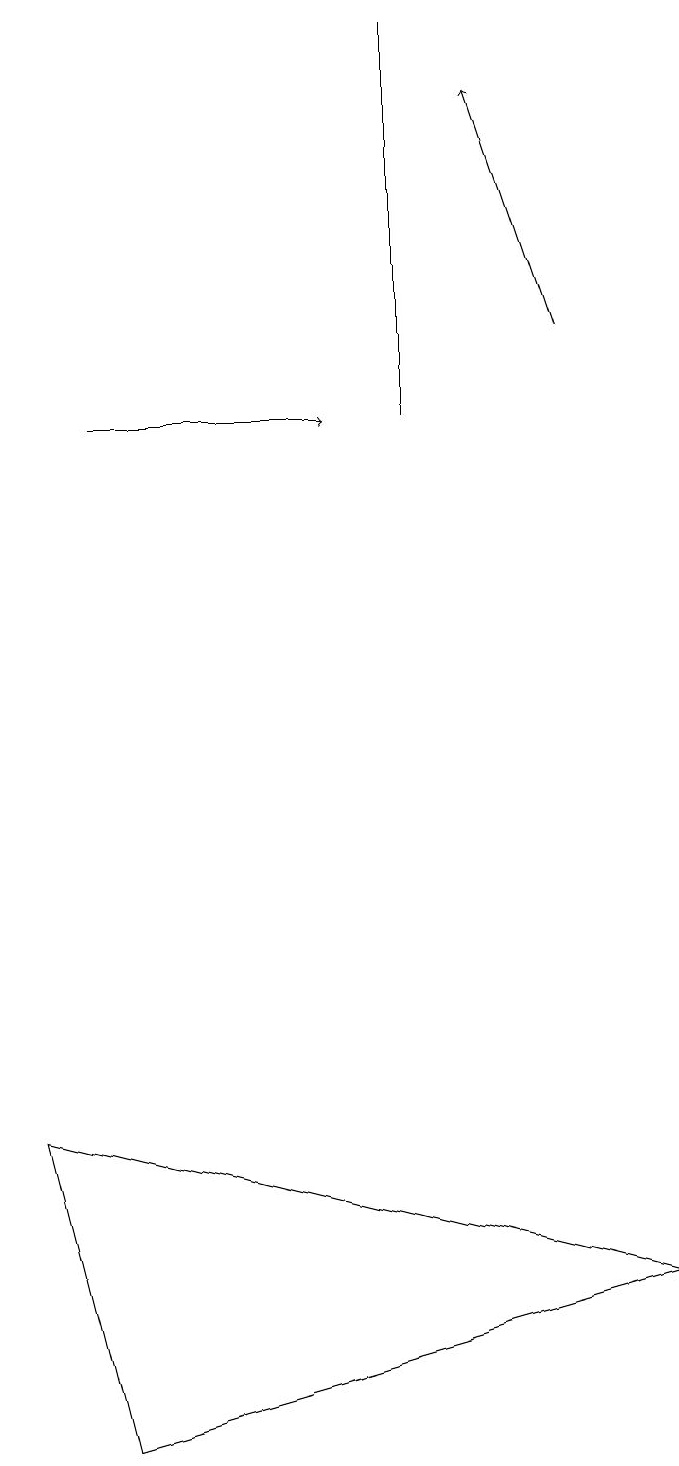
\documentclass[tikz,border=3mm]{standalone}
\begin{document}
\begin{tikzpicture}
\draw (5,13) rectangle (5,18);
\draw[->] (1,13) -- (4,13);
\draw[->] (7,14) -- (6,17);
\draw (1,0) -- (0,4) -- (8,2) -- cycle;
\draw (5,17) rectangle (5,16);
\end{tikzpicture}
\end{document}